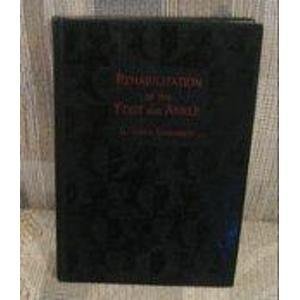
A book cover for Rehabilition of the Foot & Ankle; V. James Sammarco MD; Medical Books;